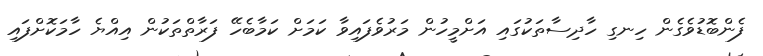
ފެންބޮޑުވެގެން ހިނގި ހާދިސާތަކުގައި އަށްމީހުން މަރުވެފައިވާ ކަމަށް ކަމާބެހޭ ފަރާތްތަކުން އިއްޔެ ހާމަކޮށްފައި